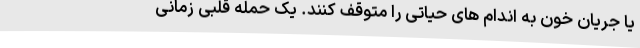
یا جریان خون به اندام های حیاتی را متوقف کنند. یک حمله قلبی زمانی